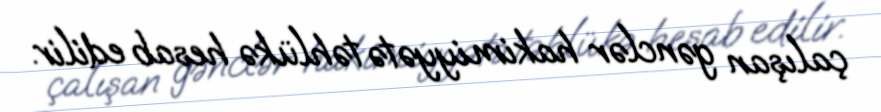
çalışan gənclər hakimiyyətə təhlükə hesab edilir.